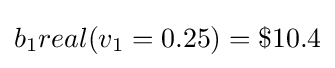
b_{1}real(v_{1}=0.25)=\$10.4